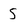
Character: 5